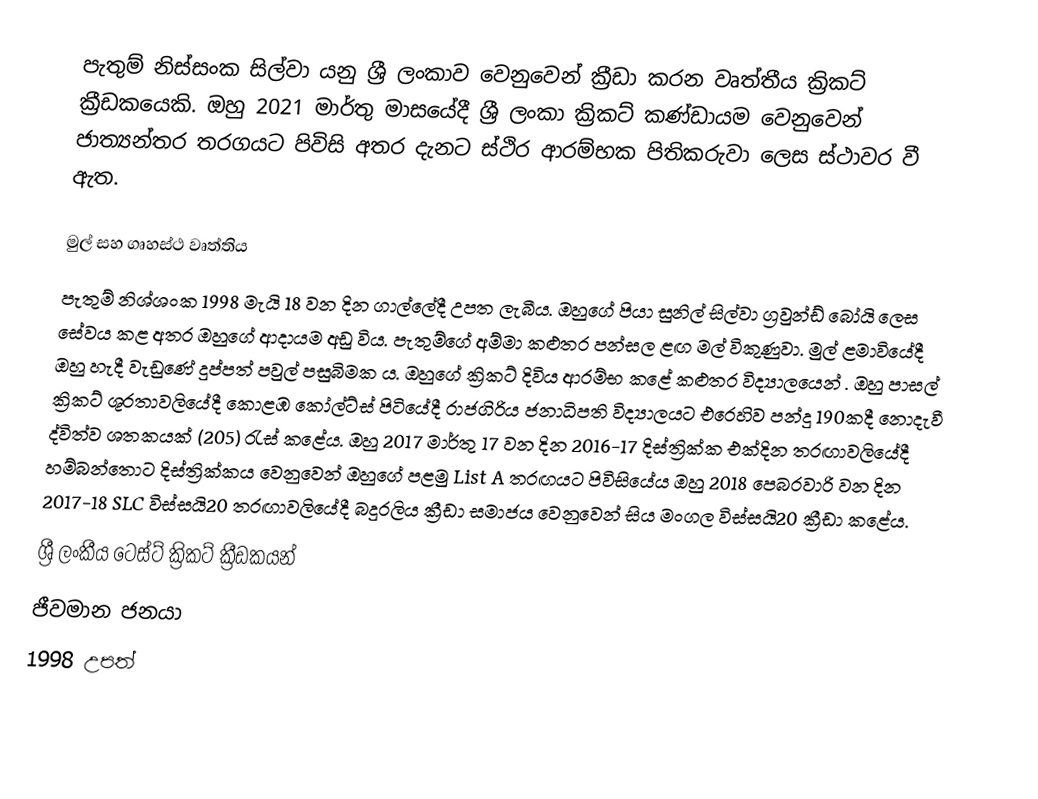
පැතුම් නිස්සංක සිල්වා යනු ශ්‍රී ලංකාව වෙනුවෙන්  ක්‍රීඩා කරන වෘත්තීය ක්‍රිකට් ක්‍රීඩකයෙකි.  ඔහු 2021 මාර්තු මාසයේදී ශ්‍රී ලංකා ක්‍රිකට් කණ්ඩායම වෙනුවෙන් ජාත්‍යන්තර තරගයට පිවිසි අතර දැනට ස්ථිර ආරම්භක පිතිකරුවා ලෙස ස්ථාවර වී ඇත.

මුල් සහ ගෘහස්ථ වෘත්තිය
පැතුම් නිශ්ශංක 1998 මැයි 18 වන දින ගාල්ලේදී උපත ලැබීය. ඔහුගේ පියා සුනිල් සිල්වා ග්‍රවුන්ඩ් බෝයි ලෙස සේවය කළ අතර ඔහුගේ ආදායම අඩු විය. පැතුම්ගේ අම්මා කළුතර පන්සල ළඟ මල් විකුණුවා. මුල් ළමාවියේදී ඔහු හැදී වැඩුණේ දුප්පත් පවුල් පසුබිමක ය.  ඔහුගේ ක්‍රිකට් දිවිය ආරම්භ කළේ කළුතර විද්‍යාලයෙන් .  ඔහු පාසල් ක්‍රිකට් ශූරතාවලියේදී කොළඹ කෝල්ට්ස් පිටියේදී රාජගිරිය ජනාධිපති විද්‍යාලයට එරෙහිව පන්දු 190කදී නොදැවී ද්විත්ව ශතකයක් (205) රැස් කළේය.  ඔහු 2017 මාර්තු 17 වන දින 2016-17 දිස්ත්‍රික්ක එක්දින තරඟාවලියේදී හම්බන්තොට දිස්ත්‍රික්කය වෙනුවෙන් ඔහුගේ පළමු List A තරඟයට පිවිසියේය  ඔහු 2018 පෙබරවාරි  වන දින 2017-18 SLC විස්සයි20 තරඟාවලියේදී බදුරලිය ක්‍රීඩා සමාජය වෙනුවෙන් සිය මංගල විස්සයි20 ක්‍රීඩා කළේය.
ශ්‍රී ලංකීය ටෙස්ට් ක්‍රිකට් ක්‍රීඩකයන්
ජීවමාන ජනයා
1998 උපත්